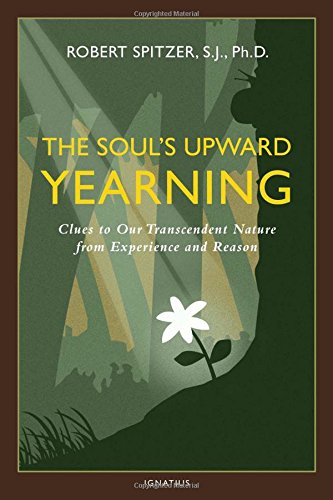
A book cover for The Soul's Upward Yearning: Clues to Our Transcendent Nature from Experience and Reason (Happiness, Suffering, and Transcendence); Fr. Robert J. Spitzer; Self-Help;